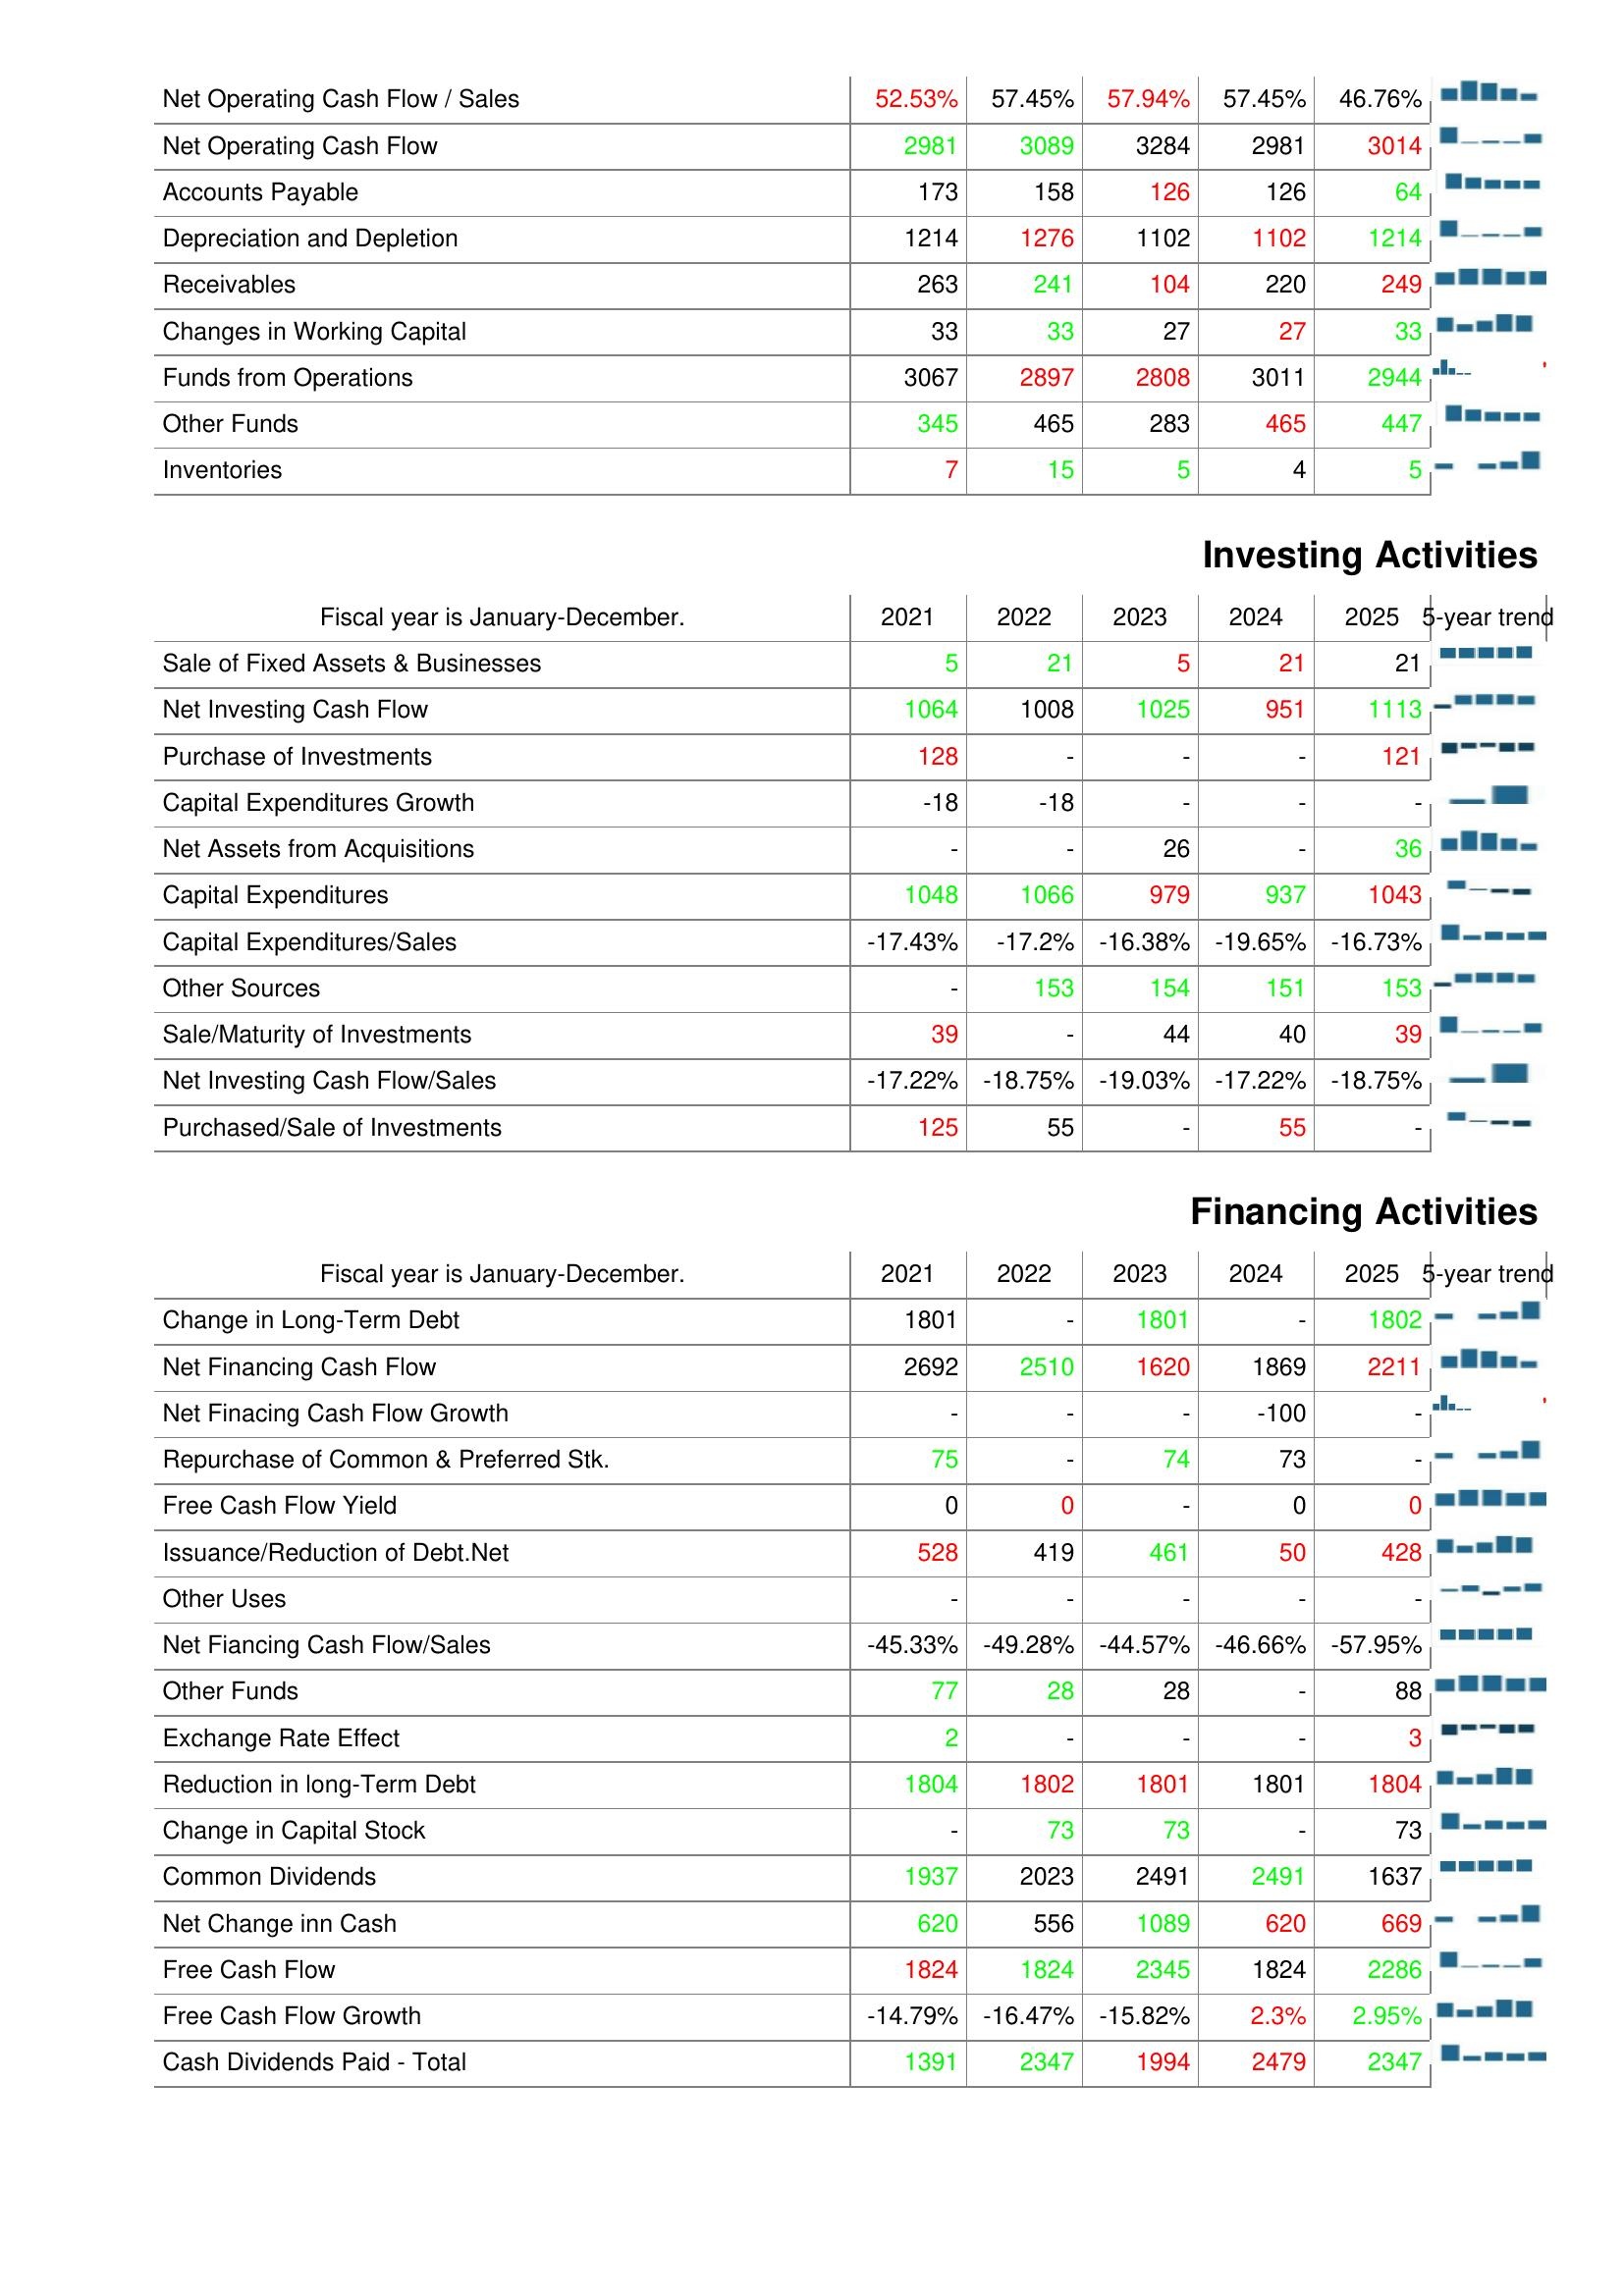
2021: Operating Activities: Net Operating Cash Flow / Sales: 52.53%
Net Operating Cash Flow: 2981
Accounts Payable: 173
Depreciation and Depletion: 1214
Receivables: 263
Changes in Working Capital: 33
Funds from Operations: 3067
Other Funds: 345
Inventories: 7
Investing Activities: Sale of Fixed Assets & Businesses: 5
Net Investing Cash Flow: 1064
Purchase of Investments: 128
Capital Expenditures Growth: -18
Net Assets from Acquisitions: -
Capital Expenditures: 1048
Capital Expenditures/Sales: -17.43%
Other Sources: -
Sale/Maturity of Investments: 39
Net Investing Cash Flow/Sales: -17.22%
Purchased/Sale of Investments: 125
Financing Activities: Change in Long-Term Debt: 1801
Net Financing Cash Flow: 2692
Net Finacing Cash Flow Growth: -
Repurchase of Common & Preferred Stk.: 75
Free Cash Flow Yield: 0
Issuance/Reduction of Debt.Net: 528
Other Uses: -
Net Fiancing Cash Flow/Sales: -45.33%
Other Funds: 77
Exchange Rate Effect: 2
Reduction in long-Term Debt: 1804
Change in Capital Stock: -
Common Dividends: 1937
Net Change inn Cash: 620
Free Cash Flow: 1824
Free Cash Flow Growth: -14.79%
Cash Dividends Paid - Total: 1391
2022: Operating Activities: Net Operating Cash Flow / Sales: 57.45%
Net Operating Cash Flow: 3089
Accounts Payable: 158
Depreciation and Depletion: 1276
Receivables: 241
Changes in Working Capital: 33
Funds from Operations: 2897
Other Funds: 465
Inventories: 15
Investing Activities: Sale of Fixed Assets & Businesses: 21
Net Investing Cash Flow: 1008
Purchase of Investments: -
Capital Expenditures Growth: -18
Net Assets from Acquisitions: -
Capital Expenditures: 1066
Capital Expenditures/Sales: -17.2%
Other Sources: 153
Sale/Maturity of Investments: -
Net Investing Cash Flow/Sales: -18.75%
Purchased/Sale of Investments: 55
Financing Activities: Change in Long-Term Debt: -
Net Financing Cash Flow: 2510
Net Finacing Cash Flow Growth: -
Repurchase of Common & Preferred Stk.: -
Free Cash Flow Yield: 0
Issuance/Reduction of Debt.Net: 419
Other Uses: -
Net Fiancing Cash Flow/Sales: -49.28%
Other Funds: 28
Exchange Rate Effect: -
Reduction in long-Term Debt: 1802
Change in Capital Stock: 73
Common Dividends: 2023
Net Change inn Cash: 556
Free Cash Flow: 1824
Free Cash Flow Growth: -16.47%
Cash Dividends Paid - Total: 2347
2023: Operating Activities: Net Operating Cash Flow / Sales: 57.94%
Net Operating Cash Flow: 3284
Accounts Payable: 126
Depreciation and Depletion: 1102
Receivables: 104
Changes in Working Capital: 27
Funds from Operations: 2808
Other Funds: 283
Inventories: 5
Investing Activities: Sale of Fixed Assets & Businesses: 5
Net Investing Cash Flow: 1025
Purchase of Investments: -
Capital Expenditures Growth: -
Net Assets from Acquisitions: 26
Capital Expenditures: 979
Capital Expenditures/Sales: -16.38%
Other Sources: 154
Sale/Maturity of Investments: 44
Net Investing Cash Flow/Sales: -19.03%
Purchased/Sale of Investments: -
Financing Activities: Change in Long-Term Debt: 1801
Net Financing Cash Flow: 1620
Net Finacing Cash Flow Growth: -
Repurchase of Common & Preferred Stk.: 74
Free Cash Flow Yield: -
Issuance/Reduction of Debt.Net: 461
Other Uses: -
Net Fiancing Cash Flow/Sales: -44.57%
Other Funds: 28
Exchange Rate Effect: -
Reduction in long-Term Debt: 1801
Change in Capital Stock: 73
Common Dividends: 2491
Net Change inn Cash: 1089
Free Cash Flow: 2345
Free Cash Flow Growth: -15.82%
Cash Dividends Paid - Total: 1994
2024: Operating Activities: Net Operating Cash Flow / Sales: 57.45%
Net Operating Cash Flow: 2981
Accounts Payable: 126
Depreciation and Depletion: 1102
Receivables: 220
Changes in Working Capital: 27
Funds from Operations: 3011
Other Funds: 465
Inventories: 4
Investing Activities: Sale of Fixed Assets & Businesses: 21
Net Investing Cash Flow: 951
Purchase of Investments: -
Capital Expenditures Growth: -
Net Assets from Acquisitions: -
Capital Expenditures: 937
Capital Expenditures/Sales: -19.65%
Other Sources: 151
Sale/Maturity of Investments: 40
Net Investing Cash Flow/Sales: -17.22%
Purchased/Sale of Investments: 55
Financing Activities: Change in Long-Term Debt: -
Net Financing Cash Flow: 1869
Net Finacing Cash Flow Growth: -100
Repurchase of Common & Preferred Stk.: 73
Free Cash Flow Yield: 0
Issuance/Reduction of Debt.Net: 50
Other Uses: -
Net Fiancing Cash Flow/Sales: -46.66%
Other Funds: -
Exchange Rate Effect: -
Reduction in long-Term Debt: 1801
Change in Capital Stock: -
Common Dividends: 2491
Net Change inn Cash: 620
Free Cash Flow: 1824
Free Cash Flow Growth: 2.3%
Cash Dividends Paid - Total: 2479
2025: Operating Activities: Net Operating Cash Flow / Sales: 46.76%
Net Operating Cash Flow: 3014
Accounts Payable: 64
Depreciation and Depletion: 1214
Receivables: 249
Changes in Working Capital: 33
Funds from Operations: 2944
Other Funds: 447
Inventories: 5
Investing Activities: Sale of Fixed Assets & Businesses: 21
Net Investing Cash Flow: 1113
Purchase of Investments: 121
Capital Expenditures Growth: -
Net Assets from Acquisitions: 36
Capital Expenditures: 1043
Capital Expenditures/Sales: -16.73%
Other Sources: 153
Sale/Maturity of Investments: 39
Net Investing Cash Flow/Sales: -18.75%
Purchased/Sale of Investments: -
Financing Activities: Change in Long-Term Debt: 1802
Net Financing Cash Flow: 2211
Net Finacing Cash Flow Growth: -
Repurchase of Common & Preferred Stk.: -
Free Cash Flow Yield: 0
Issuance/Reduction of Debt.Net: 428
Other Uses: -
Net Fiancing Cash Flow/Sales: -57.95%
Other Funds: 88
Exchange Rate Effect: 3
Reduction in long-Term Debt: 1804
Change in Capital Stock: 73
Common Dividends: 1637
Net Change inn Cash: 669
Free Cash Flow: 2286
Free Cash Flow Growth: 2.95%
Cash Dividends Paid - Total: 2347